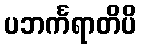
ပဘင်္ကရာတိပိ